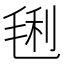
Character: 𣮂